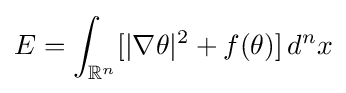
E=\int _{\mathbb {R} ^{n}}[\vert \nabla \theta \vert ^{2}+f(\theta )]\,d^{n}x